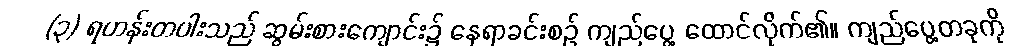
(၃) ရဟန်းတပါးသည် ဆွမ်းစားကျောင်း၌ နေရာခင်းစဉ် ကျည်ပွေ့ ထောင်လိုက်၏။ ကျည်ပွေ့တခုကို